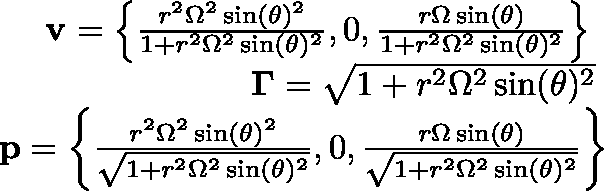
\begin{array} { r l r } { \mathrm { ~ } } & { { } } & { \mathbf { v } = \left\{ \frac { r ^ { 2 } \Omega ^ { 2 } \sin ( \theta ) ^ { 2 } } { 1 + r ^ { 2 } \Omega ^ { 2 } \sin ( \theta ) ^ { 2 } } , 0 , \frac { r \Omega \sin ( \theta ) } { 1 + r ^ { 2 } \Omega ^ { 2 } \sin ( \theta ) ^ { 2 } } \right\} \mathrm { ~ } } \\ { \mathrm { ~ } } & { { } } & { \mathbf { \Gamma } = \sqrt { 1 + r ^ { 2 } \Omega ^ { 2 } \sin ( \theta ) ^ { 2 } } \mathrm { ~ } } \\ { \mathrm { ~ } } & { { } } & { \mathbf { p } = \left\{ \frac { r ^ { 2 } \Omega ^ { 2 } \sin ( \theta ) ^ { 2 } } { \sqrt { 1 + r ^ { 2 } \Omega ^ { 2 } \sin ( \theta ) ^ { 2 } } } , 0 , \frac { r \Omega \sin ( \theta ) } { \sqrt { 1 + r ^ { 2 } \Omega ^ { 2 } \sin ( \theta ) ^ { 2 } } } \right\} } \end{array}